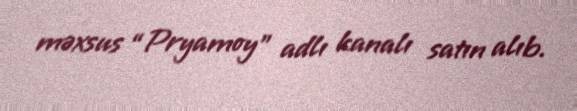
məxsus “Pryamoy” adlı kanalı satın alıb.